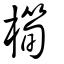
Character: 橁